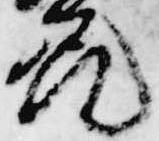
花